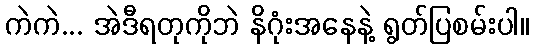
ကဲကဲ... အဲဒီရတုကိုဘဲ နိဂုံးအနေနဲ့ ရွတ်ပြစမ်းပါ။